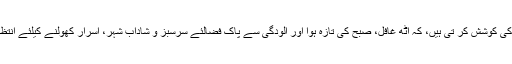
شاید یہ کہنے کی کوشش کر تی ہیں، کہ اُٹھ غافل، صبح کی تازہ ہوا اور آلودگی سے پاک فضالئے سرسبز و شاداب شہر، اسرار کھولنے کیلئے انتظار کر رہا ہے۔